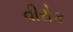
વીરોક